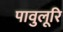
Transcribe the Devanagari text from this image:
पावुलूरि